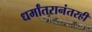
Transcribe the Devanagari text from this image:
धर्मांतरानंतरही